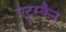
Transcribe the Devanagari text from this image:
एट्रुस्कैन